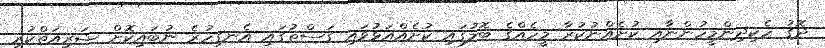
ދޮގު ހެކިދިންމީހުންނާއި ކުށެއްނުކުރާ މީހެއްގެ ބޮލުގައި ކުށެއްއަޅުވައި ގަސްތުގައި އެނގިހުރެ ނުބައިކޮށް ޝަރީއަތްކުރި